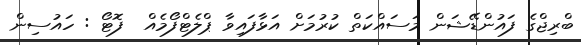
ބްރިޖްގެ ފައުންޑޭޝަން މަސައްކަތް ކުރުމަށް އަޅާފައިވާ ޕްލެޓްފޯމެއް  ފޮޓޯ : ހައުސިން